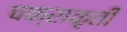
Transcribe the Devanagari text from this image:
चक्राकृती